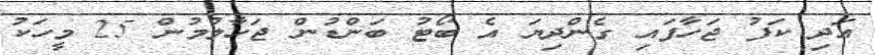
އަދި ކަފު ޖަހާފައި ގެންދިޔަ އެ ބޯޓު ބަންޑުން ޖަހާލުމުން 25 މީހަކު